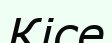
Кісе